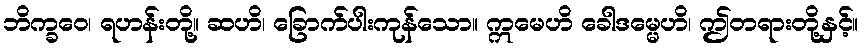
ဘိက္ခဝေ၊ ရဟန်းတို့။ ဆဟိ၊ ခြောက်ပါးကုန်သော။ ဣမေဟိ ခေါဒမ္မေဟိ၊ ဤတရားတို့နှင့်။